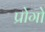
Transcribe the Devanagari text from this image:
प्रोगो